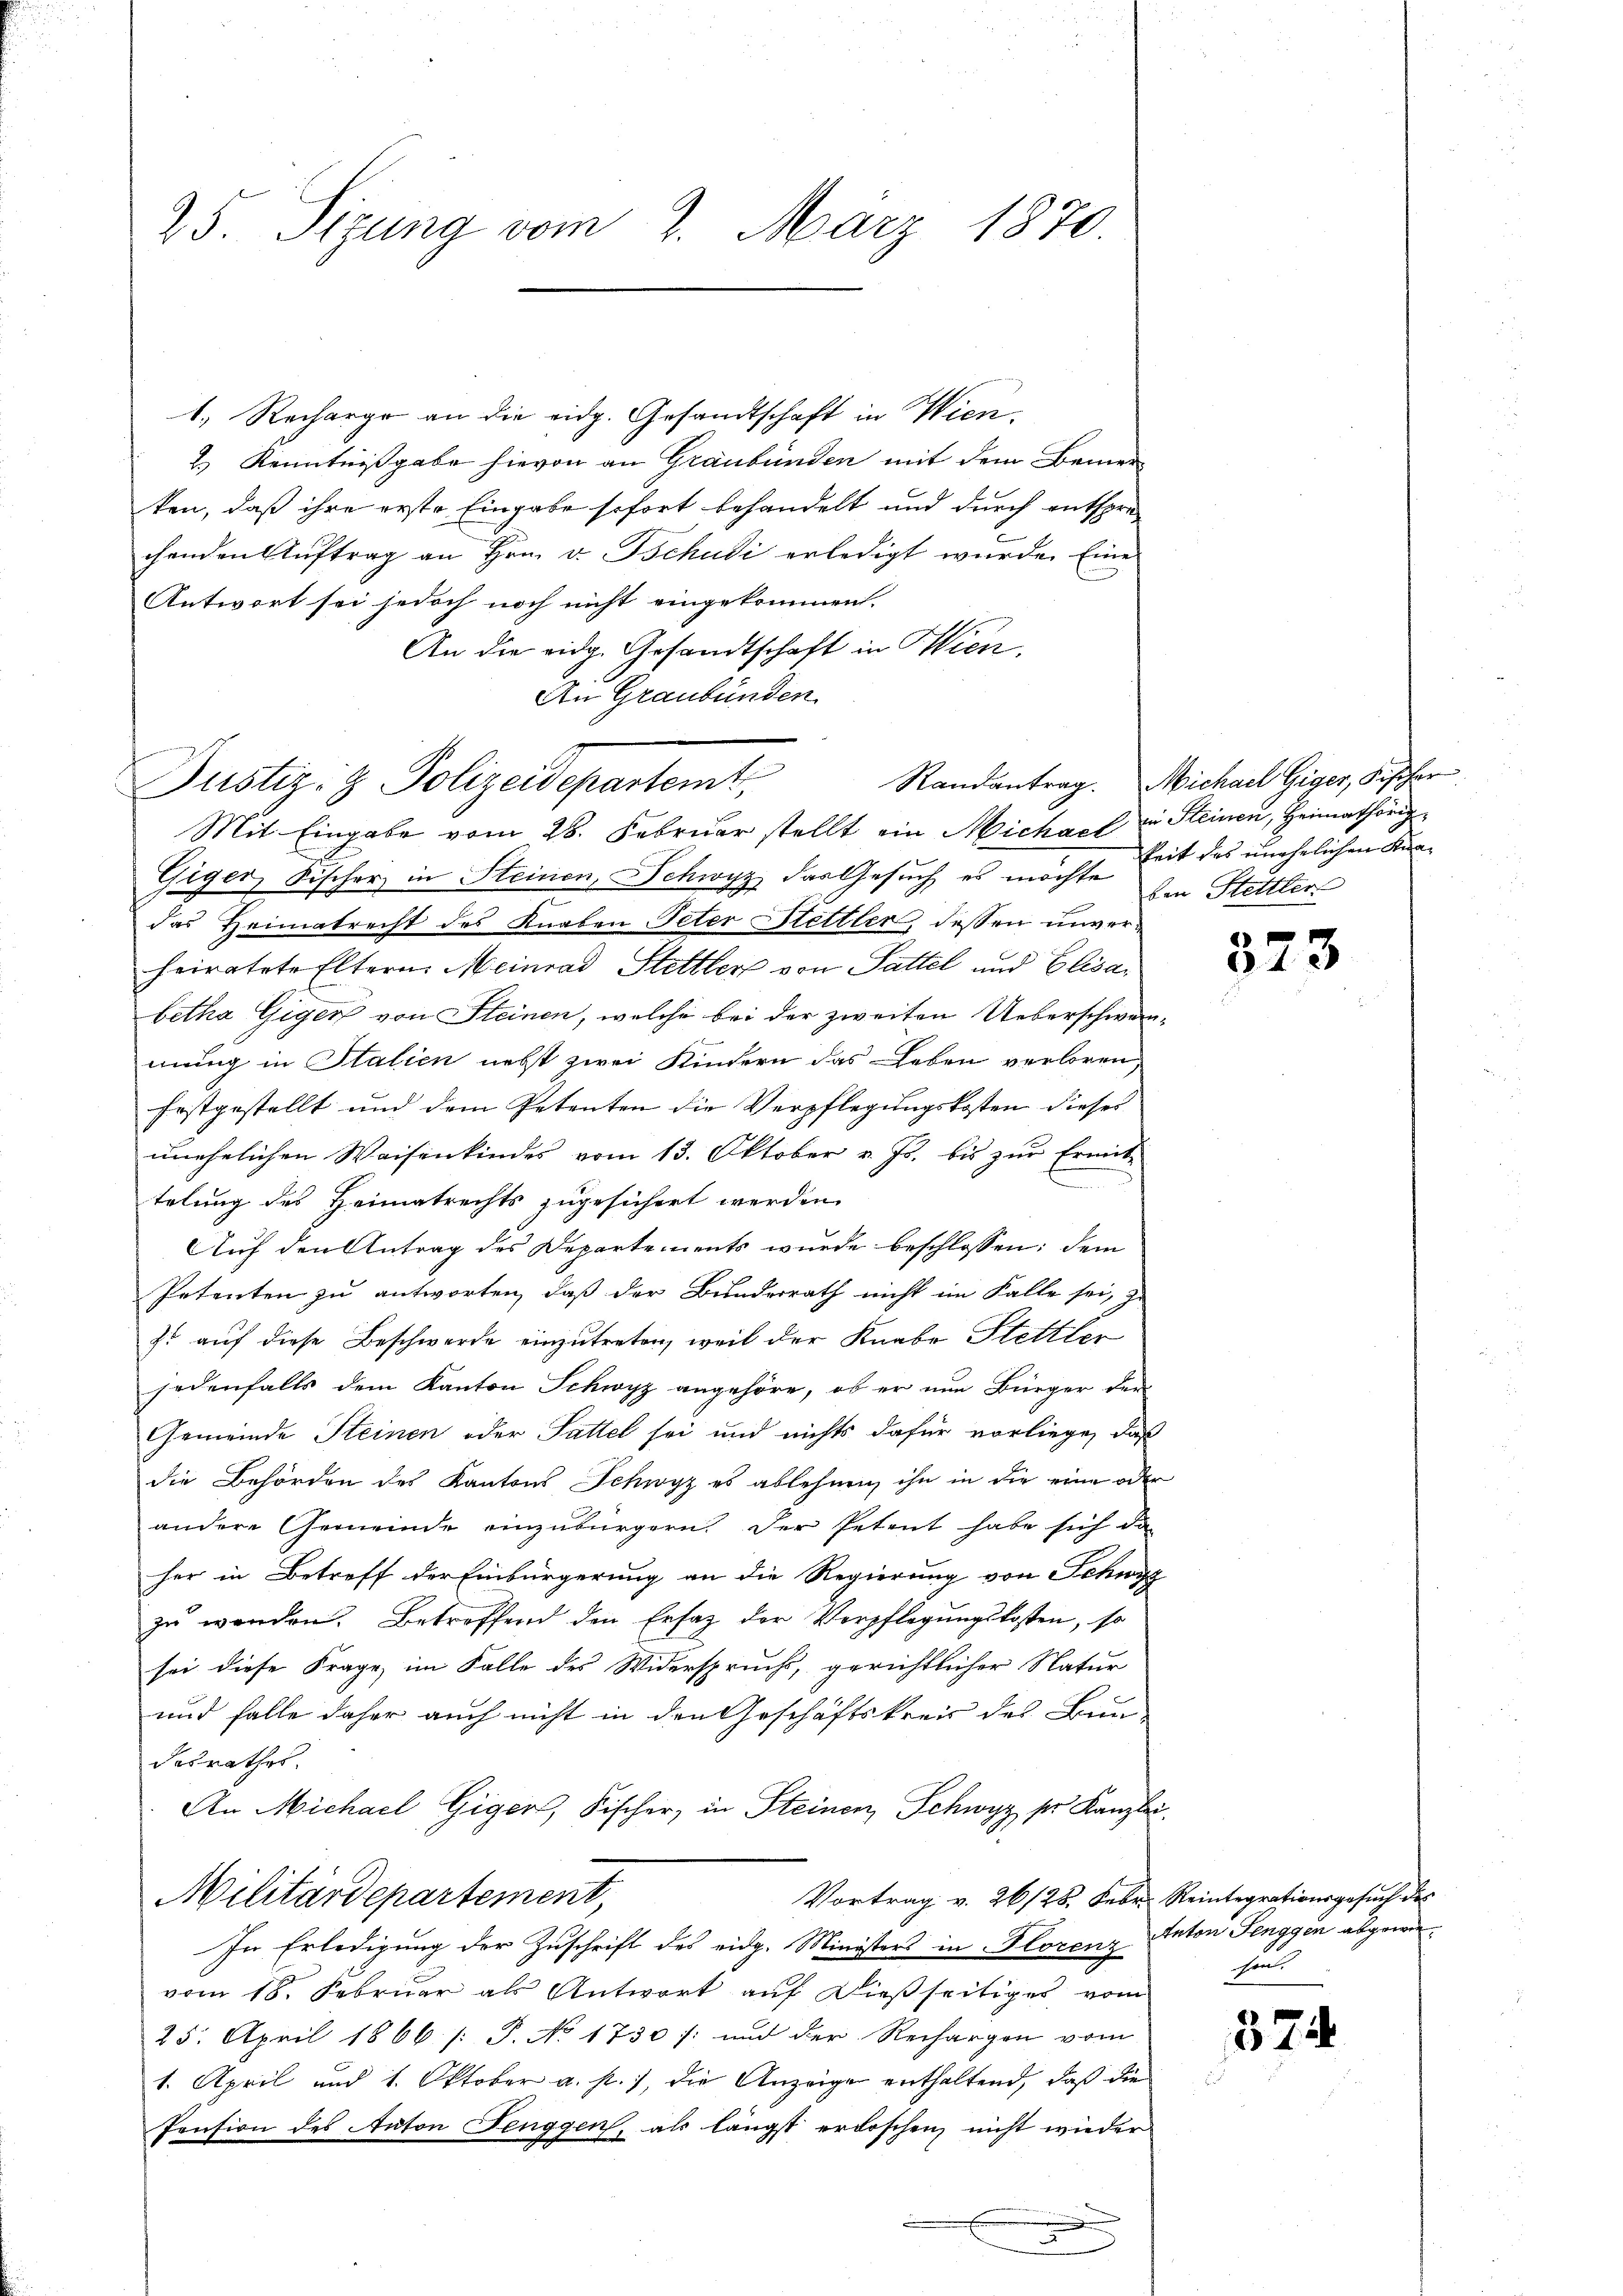
25. Sizung vom 2. März 1870.

1.) Recharge an die eidg. Gesandtschaft in Wien.
2.) Kenntnißgabe hievon an Graubünden mit dem Bemer
ken, daß ihre erste Eingabe sofort behandelt und durch entsprechenden Auftrag an Hrn. v. Tschudi erledigt wurde. Eine
Antwort sei jedoch noch nicht eingekommen.
An die eidg. Gesandtschaft in Wien.
An Graubünden.
Mit Eingabe vom 28. Februar stellt ein Michael zu Steinen, Heimathörig
Giger, Fischer in Steinen, Schwyz das Gesuch es möchte Zeit des unehelichen Kine
das Heimatrecht des Knaben Peter Stettler dessen unverheiratete Eltern. Meinrad Stettler von Sattel und Elisabetha Giger von Steinen, welche bei der zweiten Ueberschwan-
mung in Italien nebst zwei Kindern das Leben verloren,
festgestellt und dem Petenten die Verpflegungskosten dieses
unehelichen Waisenkindes vom 13. Oktober v. Js. bis zur Ermit-

telung des Heimatrechts zugesichert werden.
Auf den Antrag des Departements wurde beschlossen: dem
Petenten zu antworten, daß der Bunderrath nicht im Falle sei,
zt auf diese Beschwerde einzutreten, weil der Knabe Stettler
jedenfalls dem Kanton Schwyz angehöre, ob er nun Bürger der
Gemeinde Steinen oder Sattel sei und nichts dafür vorliege, daß
die Behörden des Kantons Schwyz es ablehnen, ihn in die eine oder
andere Gemeinde einzubürgern. Der Petent habe sich da
her in Betreff der Einbürgerung an die Regierung von Schwyz
zu werden. Betroffend den Erfaz der Verpflegungskosten, so
sei diese Frage im Falle des Widerspruchs, gerichtlicher Natur
und falle daher auch nicht in den Geschäftskreis des Bun-
desrathes.
An Michael Giger, Fischer, in Steinen Schwyz ser Kanzlei.
Militärdepartement,
Vortrag v. 26/28. Febr. Reintegrationsgesuch des
In Erledigung der Zuschrift des eidg. Ministers in Florenz
vom 18. Februar als Antwort auf dießseitiges vom
25. April 1866 /: P. No 1730 /: und der Rechargen vom
1. April und 1. Oktober a. p.), die Anzeige enthaltend, daß die
Pension des Anton Fenggen, als längst erloschen, nicht wieder

Justiz- & Polizeidepartemt,

Randantrag. Michael Giger, Fischer
ben Stettler

323

Anton Senggen abgewiehen

374